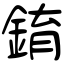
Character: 錥